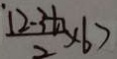
\frac { 1 2 - 3 t _ { 1 } } { 2 } \times 6 >